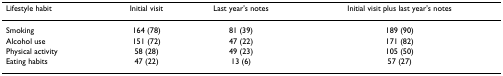
<table><thead><tr><td><b>Lifestyle habit</b></td><td><b>Initial visit</b></td><td><b>Last year&#x27;s notes</b></td><td><b>Initial visit plus last year&#x27;s notes</b></td></tr></thead><tbody><tr><td>Smoking</td><td>164 (78)</td><td>81 (39)</td><td>189 (90)</td></tr><tr><td>Alcohol use</td><td>151 (72)</td><td>47 (22)</td><td>171 (82)</td></tr><tr><td>Physical activity</td><td>58 (28)</td><td>49 (23)</td><td>105 (50)</td></tr><tr><td>Eating habits</td><td>47 (22)</td><td>13 (6)</td><td>57 (27)</td></tr></tbody></table>